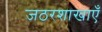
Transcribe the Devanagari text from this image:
जठरशाखाएँ